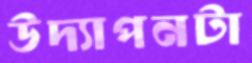
উদ্যাপনটা